Reports on military cantonments and civil stations in the Presidency of Bombay inspected by the Sanitary Commissioner in the years 1875 and 1876
Year: 1875
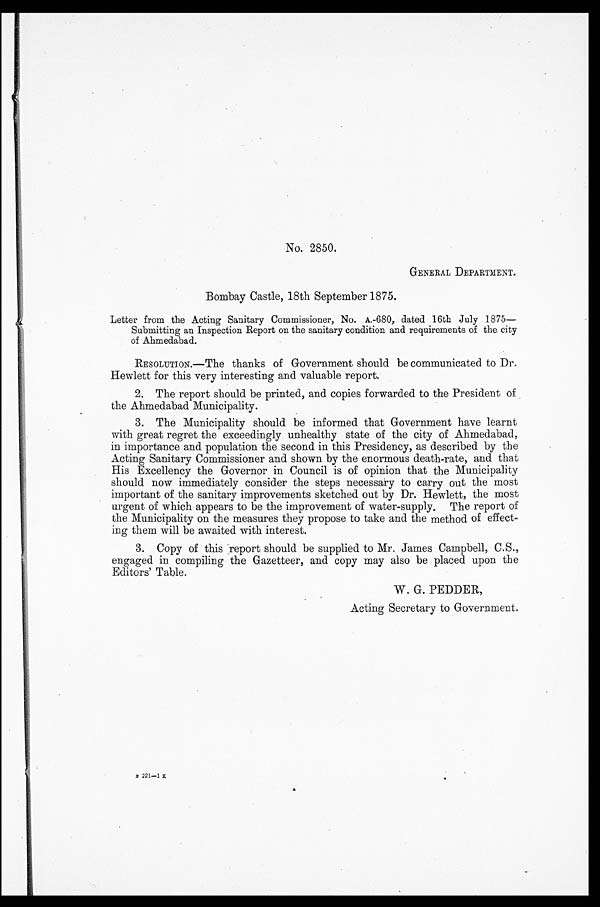
No. 2850.
GENERAL DEPARTMENT.
Bombay Castle, 18th September 1875.
Letter from the Acting Sanitary Commissioner, No. A.-680, dated 16th July 1875—
Submitting an Inspection Report on the sanitary condition and requirements of the city
of Ahmedabad.
RESOLUTION.—The thanks of Government should be communicated to Dr.
Hewlett for this very interesting and valuable report.
2. The report should be printed, and copies forwarded to the President of
the Ahmedabad Municipality.
3. The Municipality should be informed that Government have learnt
with great regret the exceedingly unhealthy state of the city of Ahmedabad,
in importance and population the second in this Presidency, as described by the
Acting Sanitary Commissioner and shown by the enormous death-rate, and that
His Excellency the Governor in Council is of opinion that the Municipality
should now immediately consider the steps necessary to carry out the most
important of the sanitary improvements sketched out by Dr. Hewlett, the most
urgent of which appears to be the improvement of water-supply. The report of
the Municipality on the measures they propose to take and the method of effect-
i n g t h e m w i l l b e a w a i t e d w i t h i n t e r e s t .
3. Copy of this report should be supplied to Mr. James Campbell, C.S.,
engaged in compiling the Gazetteer, and copy may also be placed upon the
Editors' Table.
W. G. PEDDER,
B 221-1 K